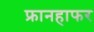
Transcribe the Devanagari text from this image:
फ्रानहाफर